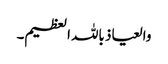
والعیاذ باللہ العظیم۔